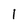
Character: 1